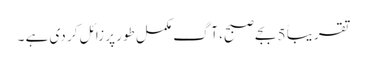
تقریباً 5 بجے صبح، آگ مکمل طور پر زائل کر دی ہے ۔